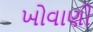
ખોવાણી